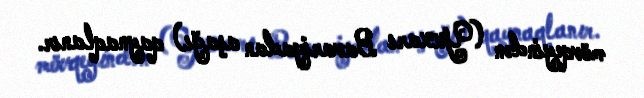
mövqeyindən (Yuxarı Bavariyadan aşağı) qaynaqlanır.